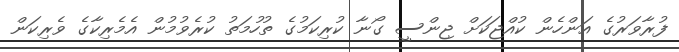
ފުރާވަރުގެ އަންހެން ކުއްޖަކަށް ޖިންސީ ގޯނާ ކުރިކަމުގެ ތުހުމަތު ކުރެވުމުން އެމެރިކާގެ ވެރިކަން